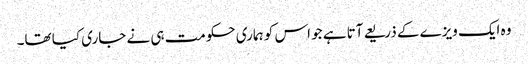
وہ ایک ویزے کے ذریعے آتا ہے جو اس کو ہماری حکومت ہی نے جاری کیا تھا۔